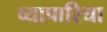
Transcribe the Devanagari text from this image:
व्‍यापारिया